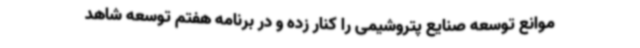
موانع توسعه صنایع پتروشیمی را کنار زده و در برنامه هفتم توسعه شاهد